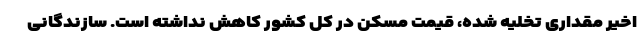
اخیر مقداری تخلیه شده، قیمت مسکن در کل کشور کاهش نداشته است. سازندگانی